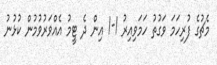
މެޗުގެ ފުރިހަމަ ވަގުތު ހަމަވިއިރު 1-1 އިން ދެ ޓީމު އެއްވަރުވުމުން ކުޅުނު